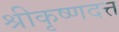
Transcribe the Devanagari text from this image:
श्रीकृष्णदत्त